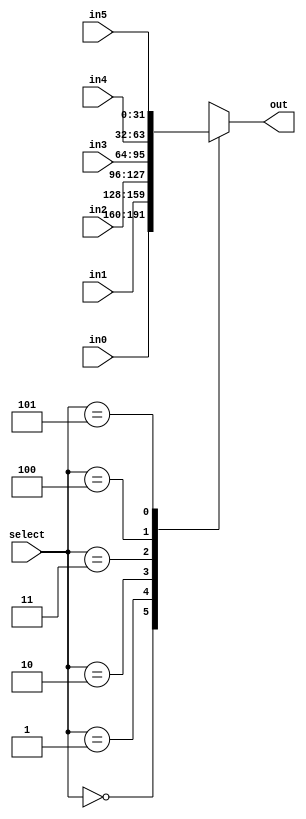
`timescale 1ns/1ps
module mux_6to1_32b(in0, in1, in2, in3, in4, in5, out, select);
    parameter size = 32;
    // Specifying the ports
    input [size-1:0] in0;
    input [size-1:0] in1;
    input [size-1:0] in2;
    input [size-1:0] in3;
    input [size-1:0] in4;
    input [size-1:0] in5;
    output reg [size-1:0] out;
    input [2:0] select;
    always @(*)
        case (select)
            0: out = in0;
            1: out = in1;
            2: out = in2;
            3: out = in3;
            4: out = in4;
            5: out = in5;
            default: out = {size{1'bx}};
        endcase
endmodule